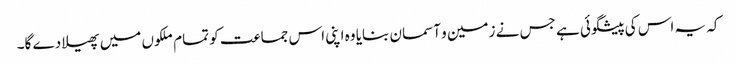
کہ یہ اس کی پیشگوئی ہے جس نے زمین و آسمان بنایا وہ اپنی اس جماعت کو تمام ملکوں میں پھیلا دے گا۔